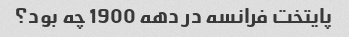
پایتخت فرانسه در دهه 1900 چه بود؟